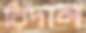
রিদান